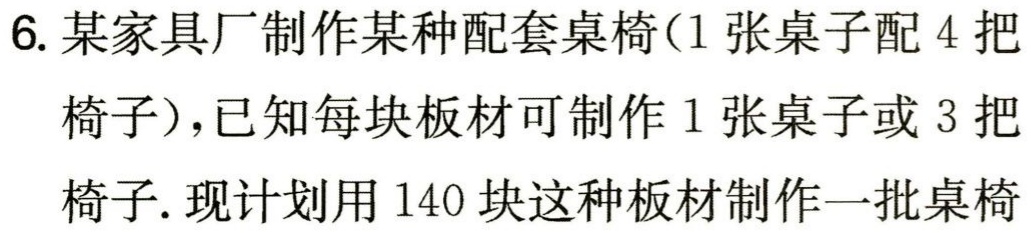
6. 某家具厂制作某种配套桌椅（1 张桌子配 4 把

椅子），已知每块板材可制作 1 张桌子或 3 把

椅子. 现计划用 140 块这种板材制作一批桌椅